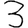
Digit: 3